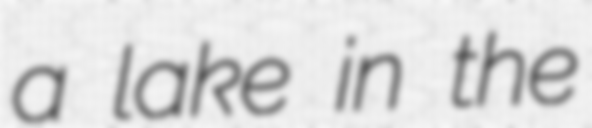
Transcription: a lake in the